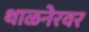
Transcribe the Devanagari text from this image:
थाळनेरवर